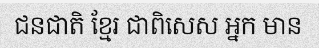
ជនជាតិ ខ្មែរ ជាពិសេស អ្នក មាន